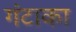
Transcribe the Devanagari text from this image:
गंटाका